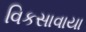
વિકસાવાયા